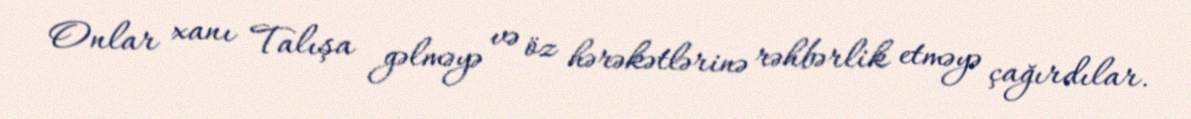
Onlar xanı Talışa gəlməyə və öz hərəkətlərinə rəhbərlik etməyə çağırdılar.